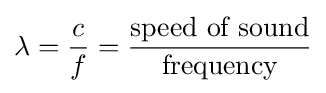
\lambda ={\frac {c}{f}}={\frac {\text{speed of sound}}{\text{frequency}}}